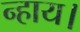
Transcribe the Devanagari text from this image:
न्हाय।